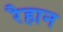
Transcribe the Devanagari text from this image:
रैहान